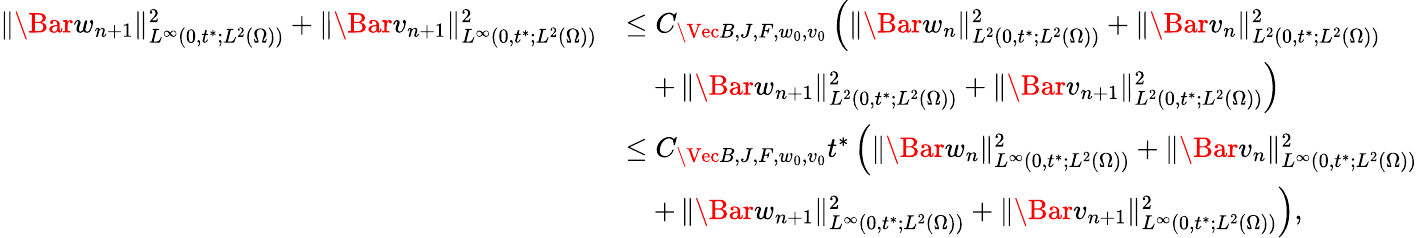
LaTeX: \begin{array}{rl}{\| \Bar{w}_{n+1}\| _{L^{\infty}(0,t^{*};L^{2}(\Omega))}^{2}+\| \Bar{v}_{n+1}\| _{L^{\infty}(0,t^{*};L^{2}(\Omega))}^{2}}&{\leq C_{\Vec{B},J,F,w_{0},v_{0}}\left(\| \Bar{w}_{n}\| _{L^{2}(0,t^{*};L^{2}(\Omega))}^{2}+\| \Bar{v}_{n}\| _{L^{2}(0,t^{*};L^{2}(\Omega))}^{2}\right.}\\ &{\quad+\left.\| \Bar{w}_{n+1}\| _{L^{2}(0,t^{*};L^{2}(\Omega))}^{2}+\| \Bar{v}_{n+1}\| _{L^{2}(0,t^{*};L^{2}(\Omega))}^{2}\right)}\\ &{\leq C_{\Vec{B},J,F,w_{0},v_{0}}t^{*}\left(\| \Bar{w}_{n}\| _{L^{\infty}(0,t^{*};L^{2}(\Omega))}^{2}+\| \Bar{v}_{n}\| _{L^{\infty}(0,t^{*};L^{2}(\Omega))}^{2}\right.}\\ &{\quad+\left.\| \Bar{w}_{n+1}\| _{L^{\infty}(0,t^{*};L^{2}(\Omega))}^{2}+\| \Bar{v}_{n+1}\| _{L^{\infty}(0,t^{*};L^{2}(\Omega))}^{2}\right),}\end{array}